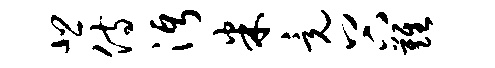
悲侍沔米竟谷难